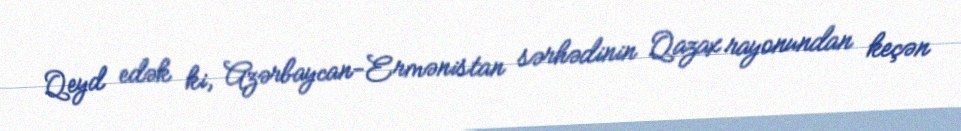
Qeyd edək ki, Azərbaycan-Ermənistan sərhədinin Qazax rayonundan keçən